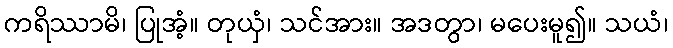
ကရိဿာမိ၊ ပြုအံ့။ တုယှံ၊ သင်အား။ အဒတွာ၊ မပေးမူ၍။ သယံ၊